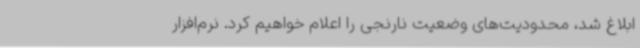
ابلاغ شد، محدودیت‌های وضعیت نارنجی را اعلام خواهیم کرد. نرم‌افزار